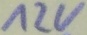
Text: 12V